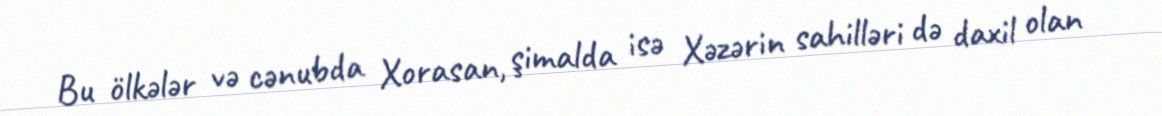
Bu ölkələr və cənubda Xorasan, şimalda isə Xəzərin sahilləri də daxil olan